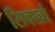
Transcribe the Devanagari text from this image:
सिक्खां